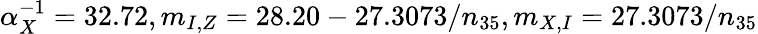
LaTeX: \alpha_{X}^{-1}=32.72,m_{I,Z}=28.20-27.3073/n_{35},m_{X,I}=27.3073/n_{35}